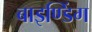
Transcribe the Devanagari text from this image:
बाइण्डिंग